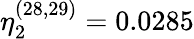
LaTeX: \eta_{2}^{(28,29)}=0.0285